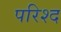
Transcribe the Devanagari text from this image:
परिश्द